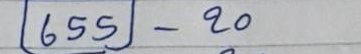
655 - 20